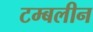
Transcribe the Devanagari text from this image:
टम्बलीन